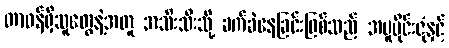
တာဝန်ရှိသူတွေနဲ့အတူ အသီးသီးသို့ ခက်ခဲနေခြင်းဖြစ်သည် အပူပိုင်းဇုံနှင့်